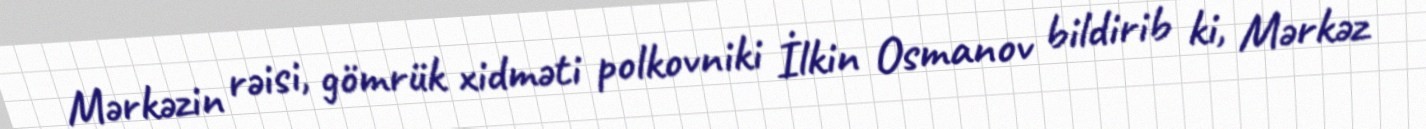
Mərkəzin rəisi, gömrük xidməti polkovniki İlkin Osmanov bildirib ki, Mərkəz